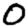
Digit: 0